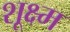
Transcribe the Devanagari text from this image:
शूक्ष्म